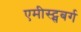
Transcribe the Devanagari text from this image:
एमीस्ट्सबर्ग